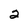
Character: 2